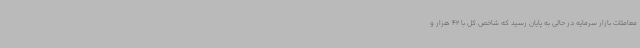
معاملات بازار سرمایه در حالی به پایان رسید که شاخص کل با 42 هزار و